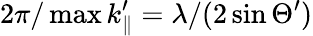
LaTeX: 2\pi/\operatorname*{max}k_{\parallel}^{\prime}=\lambda/(2\sin\Theta^{\prime})